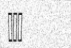
١١٨